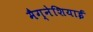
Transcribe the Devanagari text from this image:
मैग्नेशियाई